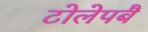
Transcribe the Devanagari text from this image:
टोलेपबै